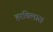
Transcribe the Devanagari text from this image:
हरबिलास